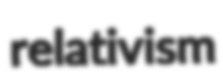
relativism